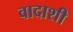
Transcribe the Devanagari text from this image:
वादाशी